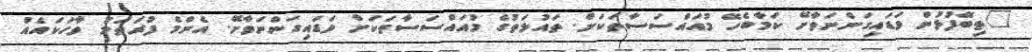
"ތިބޭފުޅުން ވަޑައިގަންނަވާށޭ ކަމާބެހޭ މުއައްސަސާތަކަށް. ތައުލަތުގެ މުއައްސަސާތަކަށް ވަޑައިގަންނަވާށޭ. އެންމެ ފުރަތަމަ ވާހަކައެއް